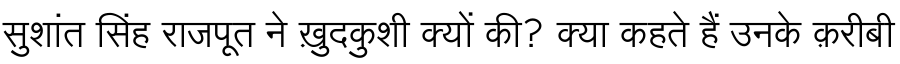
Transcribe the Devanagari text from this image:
सुशांत सिंह राजपूत ने ख़ुदकुशी क्यों की? क्या कहते हैं उनके क़रीबी